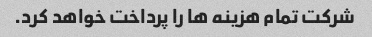
شرکت تمام هزینه ها را پرداخت خواهد کرد.